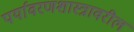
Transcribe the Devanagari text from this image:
पर्यावरणशास्त्रावरील